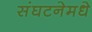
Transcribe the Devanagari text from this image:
संघटनेमधे